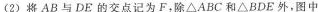
(2)将AB与DE的交点记为F，除\Delta ABC和\Delta BDE外，图中